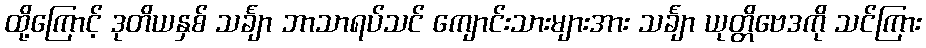
ထို့ကြောင့် ဒုတိယနှစ် သင်္ချာ ဘာသာရပ်သင် ကျောင်းသားများအား သင်္ချာ ယုတ္တိဗေဒကို သင်ကြား